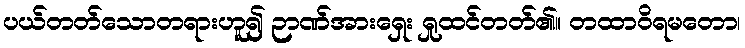
ပယ်တတ်သောတရားဟူ၍ ဉာဏ်အားရှေး ရှုထင်တတ်၏။ တထာဝိရမတော၊